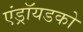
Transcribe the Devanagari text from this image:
एंड्रॉयडको